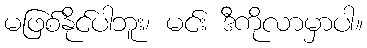
မဖြစ်နိုင်ပါဘူး၊ မင်း ဒီကိုလာမှာပါ။